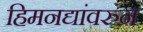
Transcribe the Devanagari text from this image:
हिमनद्यांवरुन